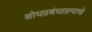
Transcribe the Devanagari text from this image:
शोधप्रबंधाप्रमाणे